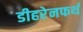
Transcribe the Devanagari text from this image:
डीहरेनफर्थ